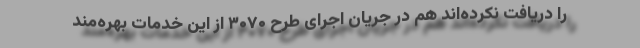
را دریافت نکرده‌اند هم در جریان اجرای طرح ۳۰۷۰ از این خدمات بهره‌مند